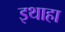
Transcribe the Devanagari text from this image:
इथाहा